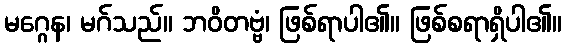
မဂ္ဂေန၊ မဂ်သည်။ ဘဝိတဗ္ဗံ၊ ဖြစ်ရာပါ၏။ ဖြစ်စရာရှိပါ၏။